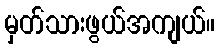
မှတ်သားဖွယ်အကျယ်။